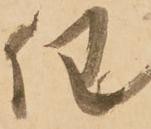
任